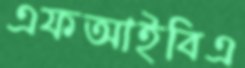
এফআইবিএ